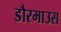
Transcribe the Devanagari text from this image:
डौरमाउस